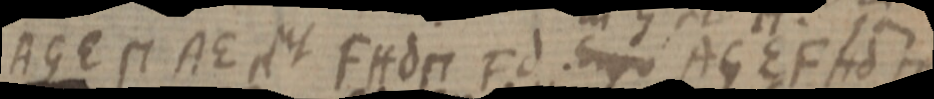
AGE П AE et FHd П Fd. Ergo AGEFHd